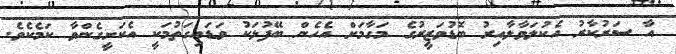
އާ ސަރުކާރު އެކުލަވާލާއިރު ބޮޑުވަޒީރުގެ މަގާމަށް އެހެން ބޭފުޅަކު ވަޑައިގަތުމަކީ އެކަށީގެންވާ ކަމެކެވެ.